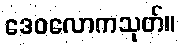
ဒေဝလောကသုတ်။